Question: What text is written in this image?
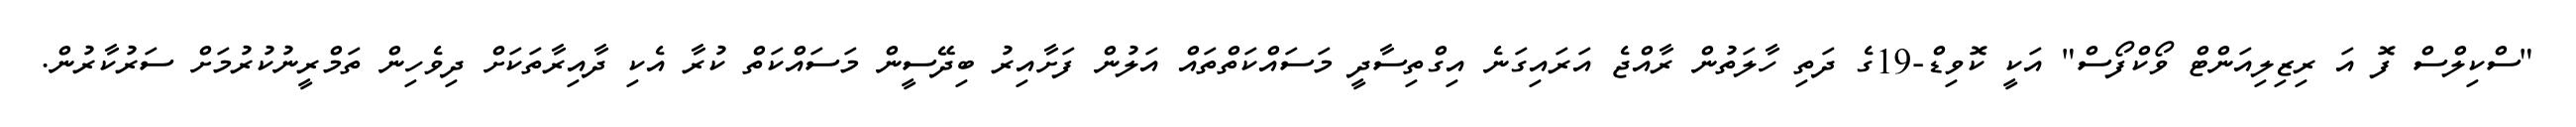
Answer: "ސްކިލްސް ފޮ އަ ރިޒިލިއަންޓް ވޯކްފޯސް" އަކީ ކޮވިޑް-19ގެ ދަތި ހާލަތުން ރާއްޖެ އަރައިގަނެ އިގްތިސާދީ މަސައްކަތްތައް އަލުން ފަށާއިރު ބިދޭސީން މަސައްކަތް ކުރާ އެކި ދާއިރާތަކަށް ދިވެހިން ތަމްރީނުކުރުމަށް ސަރުކާރުން.